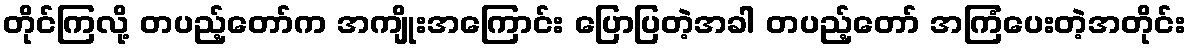
တိုင်ကြလို့ တပည့်တော်က အကျိုးအကြောင်း ပြောပြတဲ့အခါ တပည့်တော် အကြံပေးတဲ့အတိုင်း